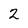
Character: 2